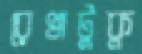
রেখাটুকু